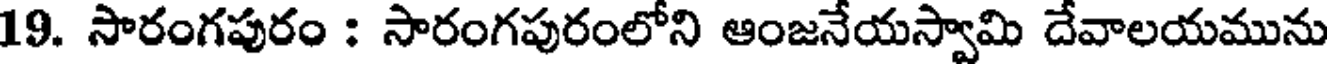
19. సారంగపురం : సారంగపురంలోని ఆంజనేయస్వామి దేవాలయమును